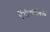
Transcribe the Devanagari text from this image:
ऐंटीमोनिल